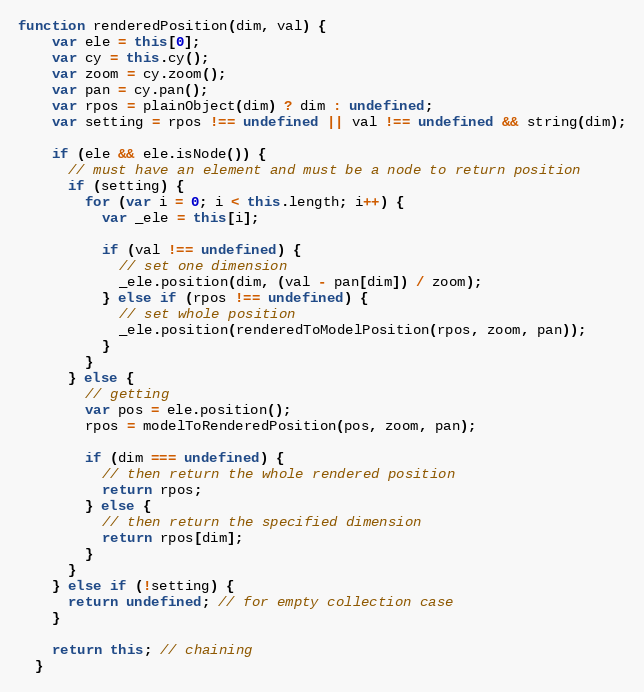
Language: JavaScript
function renderedPosition(dim, val) {
    var ele = this[0];
    var cy = this.cy();
    var zoom = cy.zoom();
    var pan = cy.pan();
    var rpos = plainObject(dim) ? dim : undefined;
    var setting = rpos !== undefined || val !== undefined && string(dim);

    if (ele && ele.isNode()) {
      // must have an element and must be a node to return position
      if (setting) {
        for (var i = 0; i < this.length; i++) {
          var _ele = this[i];

          if (val !== undefined) {
            // set one dimension
            _ele.position(dim, (val - pan[dim]) / zoom);
          } else if (rpos !== undefined) {
            // set whole position
            _ele.position(renderedToModelPosition(rpos, zoom, pan));
          }
        }
      } else {
        // getting
        var pos = ele.position();
        rpos = modelToRenderedPosition(pos, zoom, pan);

        if (dim === undefined) {
          // then return the whole rendered position
          return rpos;
        } else {
          // then return the specified dimension
          return rpos[dim];
        }
      }
    } else if (!setting) {
      return undefined; // for empty collection case
    }

    return this; // chaining
  }